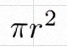
\pi r^2